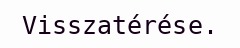
Visszatérése.